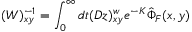
( W ) _ { x y } ^ { - 1 } = \int _ { 0 } ^ { \infty } d t ( D z ) _ { x y } ^ { w } e ^ { - K } \hat { \Phi } _ { F } ( x , y )